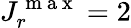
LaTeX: J_{r}^{\mathrm{~m~a~x~}}=2